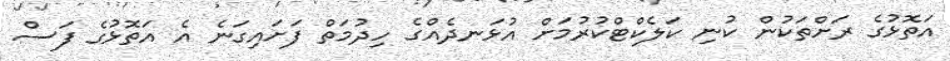
އަތޮޅުގެ ރަށްތަކުން ކުނި ކަލެކްޓްކުރުމަށް އުޅަނދެއްގެ ހިދުމަތް ފަށައިގަނެ އެ އަތޮޅުގެ ފަސް